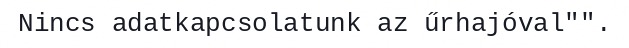
Nincs adatkapcsolatunk az űrhajóval"".